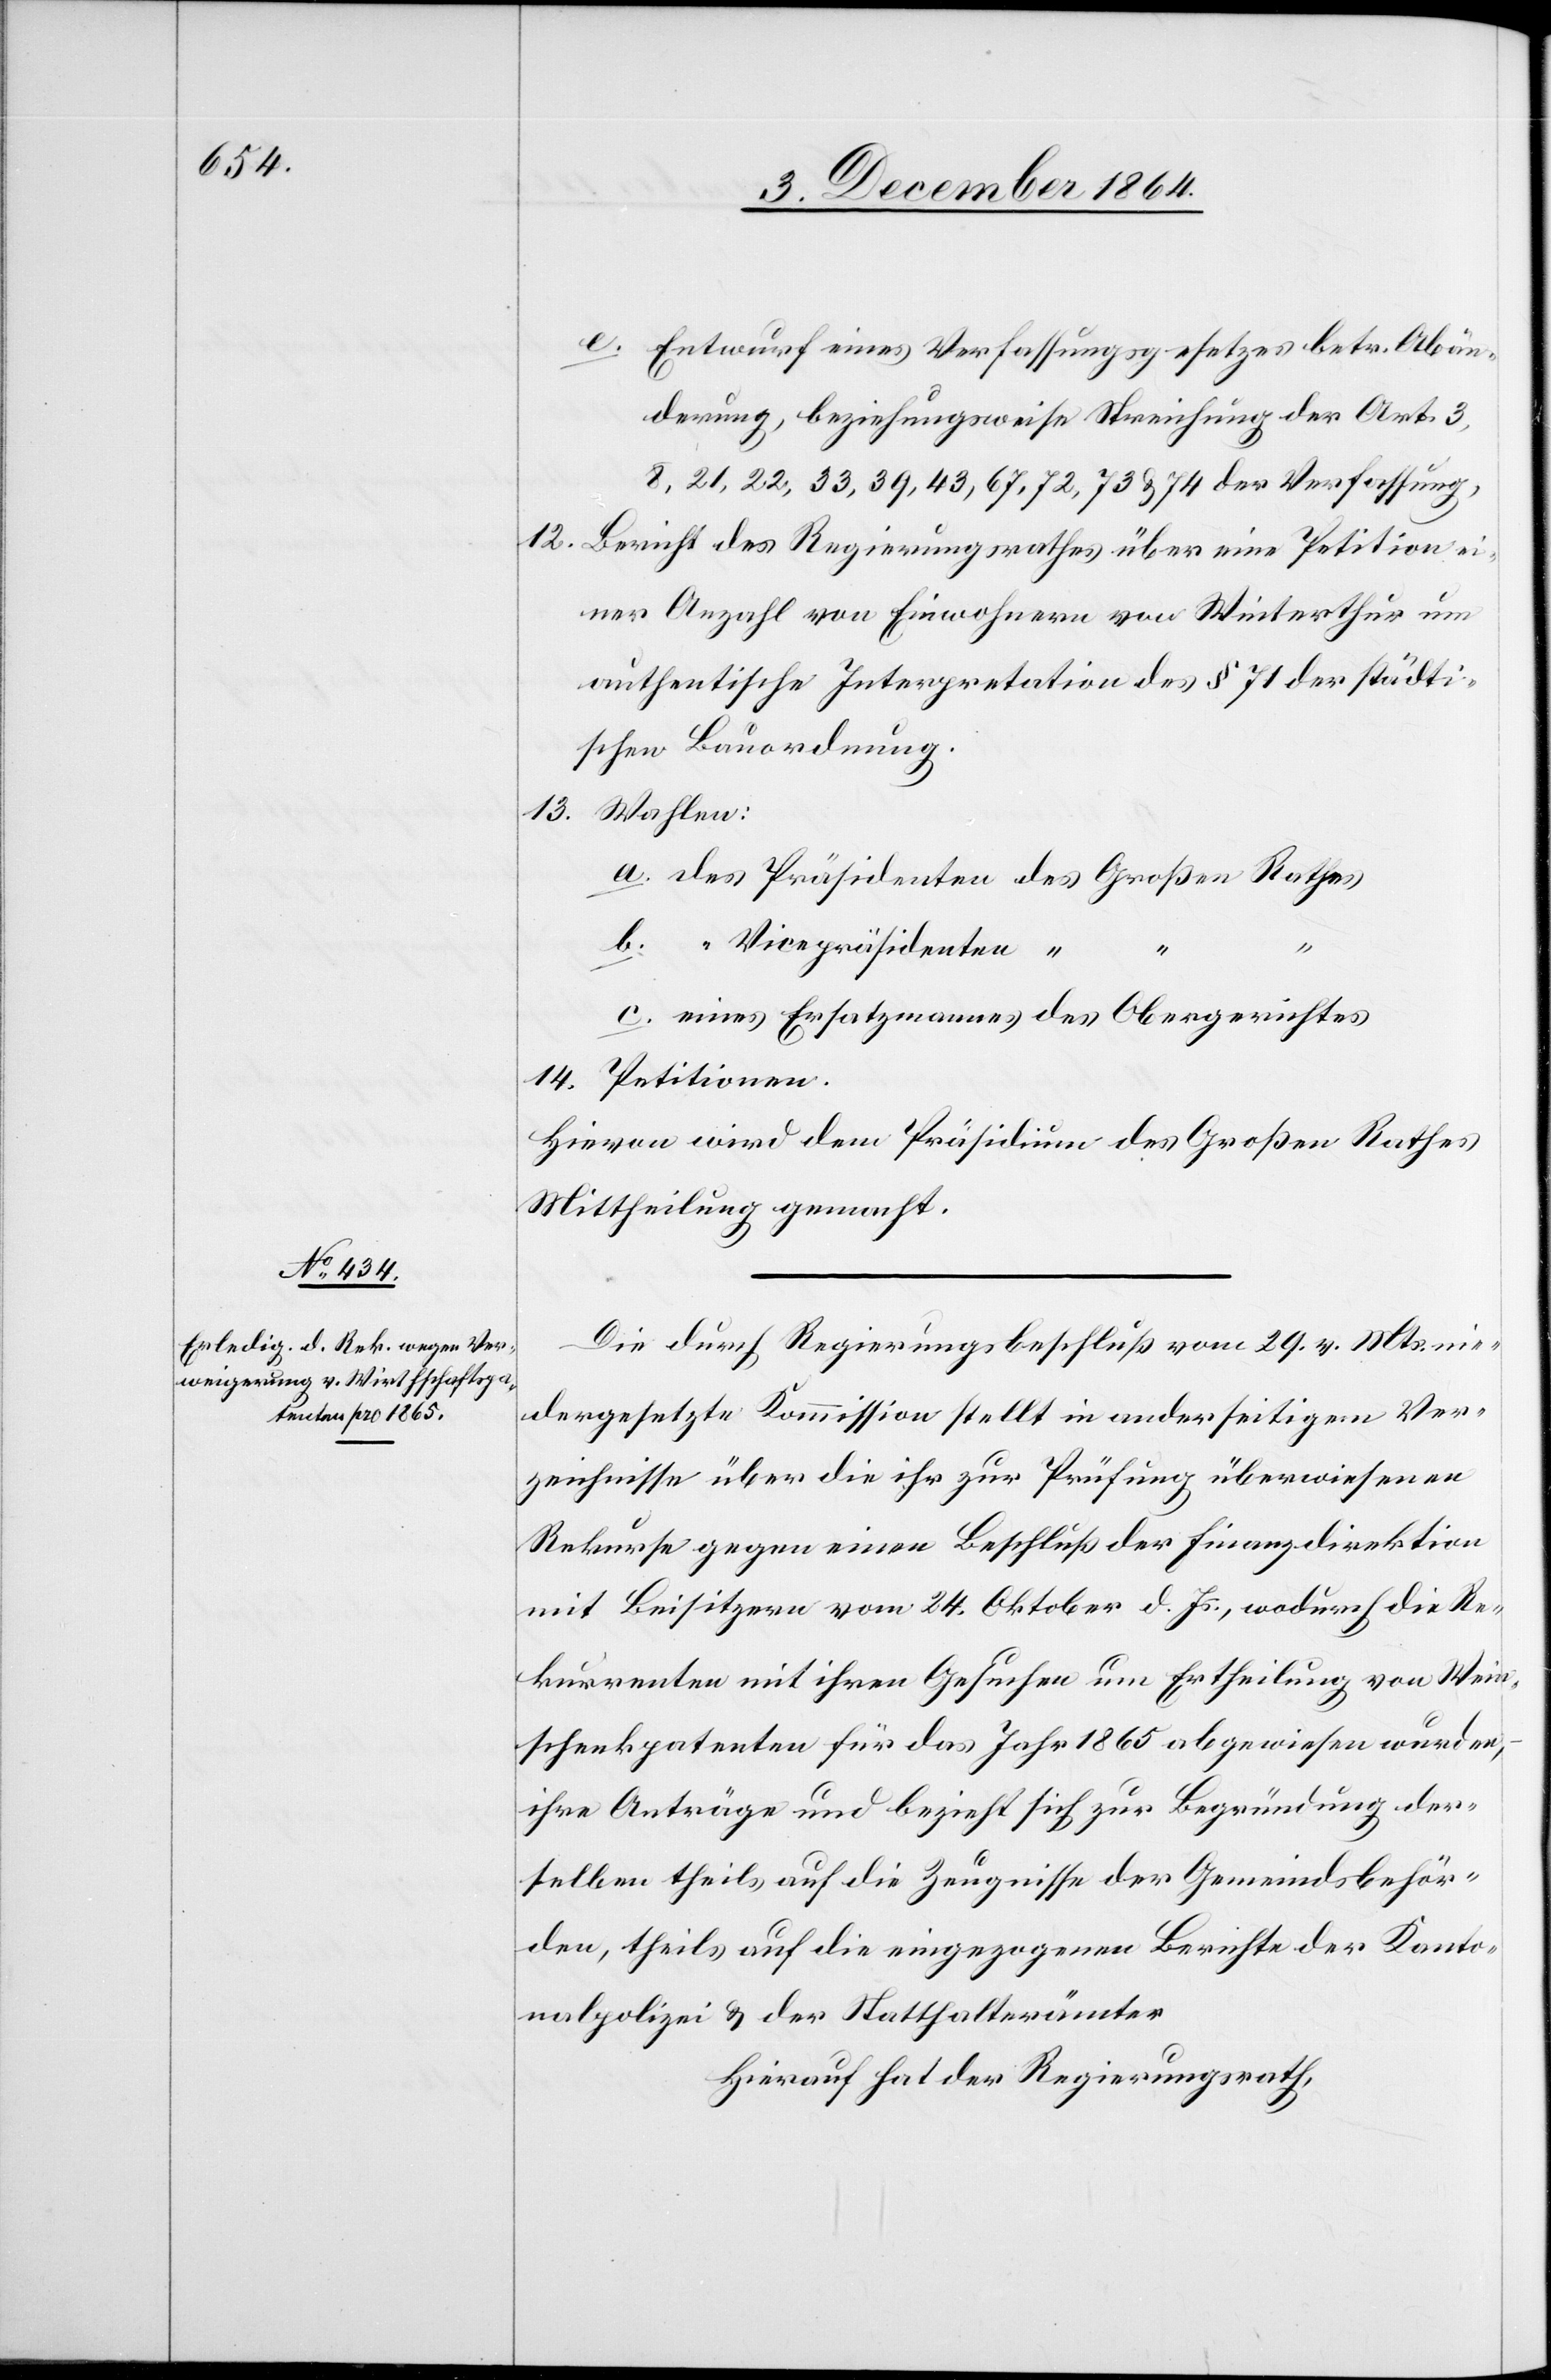
e. Entwurf eines Verfassungsgesetzes betr. Abän¬
derung, beziehungsweise Streichung der Art.
3, 21, 22, 33, 39, 43, 67, 72, 73, & 74 der Verfassung.
12. Bericht des Regierungsrathes über eine Petition ei¬
ner Anzahl von Einwohnern von Winterthur um
authentische Interpretation des § 71 der städti¬
schen Bauordnung.
13. Wahlen:
a. des Präsidenten des Großen Rathes
b. “ Vicepräsidenten “
“
c. eines Ersatzmannes des Obergerichtes
14. Petitionen.
Hievon wird dem Präsidium des Großen Rathes
Mittheilung gemacht.
Die durch Regierungsbeschluß vom 29. v. Mts. nie¬
dergesetzte Kommission stellt in anderseitigem Ver¬
zeichnisse über die ihr zur Prüfung überwiesenen
Rekurse gegen einen Beschluß der Finanzdirektion
mit Beisitzern vom 24. Oktober d. Js., wodurch die Re¬
kurrenten mit ihren Gesuchen um Ertheilung von Wein¬
schenkpatenten für das Jahr 1865 abgewiesen wurden,
ihre Anträge und bezieht sich zur Begründung der¬
selben theils auf die Zeugnisse der Gemeindsbehör¬
den, theils auf die eingezogenen Berichte der Kanto¬
nalpolizei & der Statthalterämter[.]
Hierauf hat der Regierungsrath,